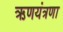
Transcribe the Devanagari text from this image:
ऋणयंत्रणा